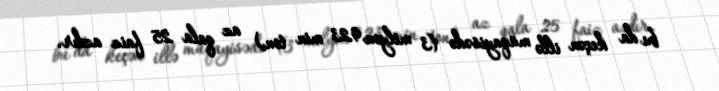
bu da keçən illə müqayisədə (3 milyon 923 min ton) az qala 25 faiz azdır.